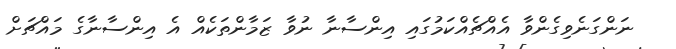
ނަންގަނެވިގެންވާ އެއްޗެއްކަމުގައި އިންސާނާ ނުވާ ޒަމާންތަކެއް އެ އިންސާނާގެ މައްޗަށް